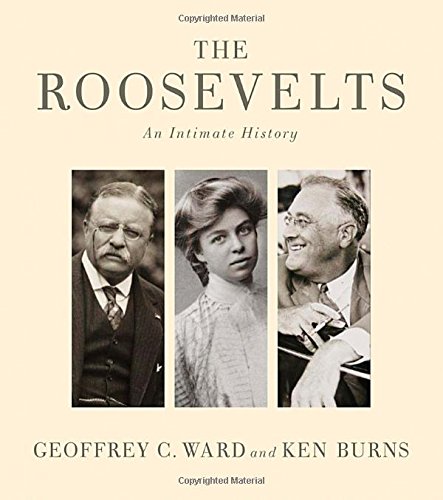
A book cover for The Roosevelts: An Intimate History; Geoffrey C. Ward; Biographies & Memoirs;